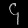
Digit: ၄